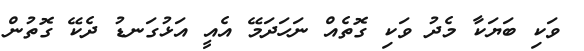
ވަކި ބަޔަކާ މެދު ވަކި ގޮތެއް ނަހަދަމޭ އެއީ އަޅުގަނޑު ދެކޭ ގޮތުން